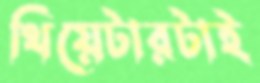
থিয়েটারটাই